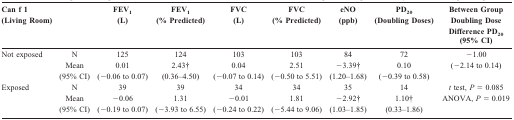
<table><thead><tr><td><b>Can f 1 (Living Room)</b></td><td></td><td><b>FEV<sub>1 </sub>(L)</b></td><td><b>FEV<sub>1 </sub>(% Predicted)</b></td><td><b>FVC (L)</b></td><td><b>FVC (% Predicted)</b></td><td><b>eNO (ppb)</b></td><td><b>PD<sub>20 </sub>(Doubling Doses)</b></td><td><b>Between Group Doubling Dose Difference PD<sub>20 </sub>(95% CI)</b></td></tr></thead><tbody><tr><td>Not exposed</td><td>N</td><td>125</td><td>124</td><td>103</td><td>103</td><td>84</td><td>72</td><td>-1.00</td></tr><tr><td></td><td>Mean</td><td>0.01</td><td>2.43†</td><td>0.04</td><td>2.51</td><td>-3.39†</td><td>0.10</td><td>(-2.14 to 0.14)</td></tr><tr><td></td><td>(95% CI)</td><td>(-0.06 to 0.07)</td><td>(0.36-4.50)</td><td>(-0.07 to 0.14)</td><td>(-0.50 to 5.51)</td><td>(1.20-1.68)</td><td>(-0.39 to 0.58)</td><td></td></tr><tr><td>Exposed</td><td>N</td><td>39</td><td>39</td><td>34</td><td>34</td><td>35</td><td>14</td><td><i>t </i>test, <i>P </i>= 0.085</td></tr><tr><td></td><td>Mean</td><td>-0.06</td><td>1.31</td><td>-0.01</td><td>1.81</td><td>-2.92†</td><td>1.10†</td><td>ANOVA, <i>P </i>= 0.019</td></tr><tr><td></td><td>(95% CI)</td><td>(-0.19 to 0.07)</td><td>(-3.93 to 6.55)</td><td>(-0.24 to 0.22)</td><td>(-5.44 to 9.06)</td><td>(1.03-1.85)</td><td>(0.33-1.86)</td><td></td></tr></tbody></table>